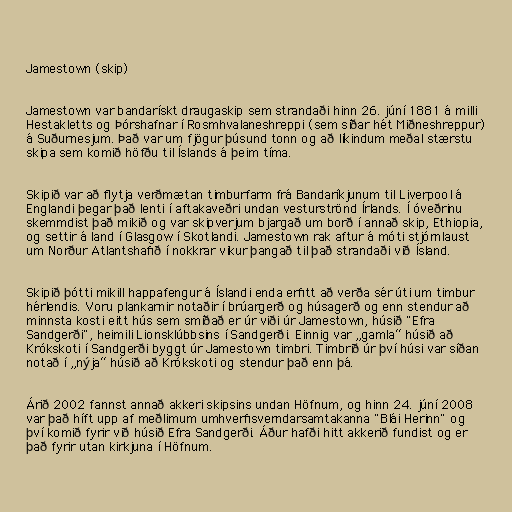
Jamestown (skip)

Jamestown var bandarískt draugaskip sem strandaði hinn 26. júní 1881 á milli
Hestakletts og Þórshafnar í Rosmhvalaneshreppi (sem síðar hét Miðneshreppur)
á Suðurnesjum. Það var um fjögur þúsund tonn og að líkindum meðal stærstu
skipa sem komið höfðu til Íslands á þeim tíma.

Skipið var að flytja verðmætan timburfarm frá Bandaríkjunum til Liverpool á
Englandi þegar það lenti í aftakaveðri undan vesturströnd Írlands. Í óveðrinu
skemmdist það mikið og var skipverjum bjargað um borð í annað skip, Ethiopia,
og settir á land í Glasgow í Skotlandi. Jamestown rak aftur á móti stjórnlaust
um Norður Atlantshafið í nokkrar vikur þangað til það strandaði við Ísland.

Skipið þótti mikill happafengur á Íslandi enda erfitt að verða sér úti um timbur
hérlendis. Voru plankarnir notaðir í brúargerð og húsagerð og enn stendur að
minnsta kosti eitt hús sem smíðað er úr viði úr Jamestown, húsið "Efra
Sandgerði", heimili Lionsklúbbsins í Sandgerði. Einnig var „gamla“ húsið að
Krókskoti í Sandgerði byggt úr Jamestown timbri. Timbrið úr því húsi var síðan
notað í „nýja“ húsið að Krókskoti og stendur það enn þá.

Árið 2002 fannst annað akkeri skipsins undan Höfnum, og hinn 24. júní 2008
var það híft upp af meðlimum umhverfisverndarsamtakanna "Blái Herinn" og
því komið fyrir við húsið Efra Sandgerði. Áður hafði hitt akkerið fundist og er
það fyrir utan kirkjuna í Höfnum.